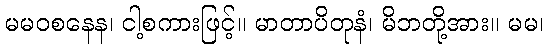
မမဝစနေန၊ ငါ့စကားဖြင့်။ မာတာပိတုနံ၊ မိဘတို့အား။ မမ၊